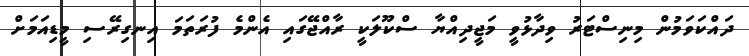
ދައްކަވަމުން މިނިސްޓަރު ވިދާޅުވީ މަޖީދިއްޔާ ސްކޫލަކީ ރާއްޖޭގައި އެންމެ ފުރަތަމަ އިނގިރޭސި މީޑިއަމަށް